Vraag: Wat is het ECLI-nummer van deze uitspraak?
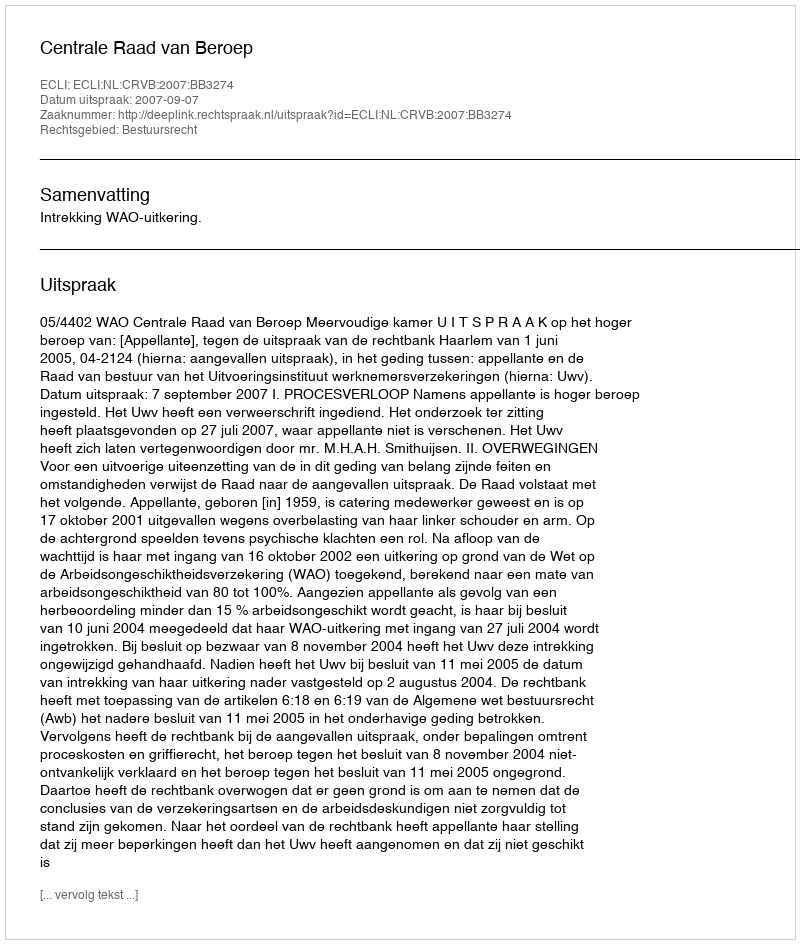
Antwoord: ECLI:NL:CRVB:2007:BB3274